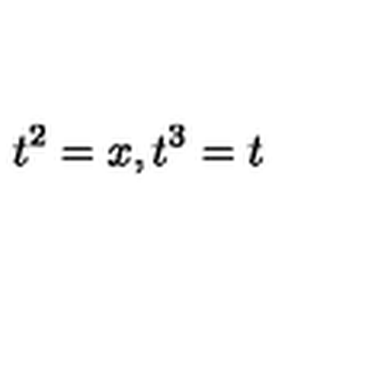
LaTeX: t ^ { 2 } = x , t ^ { 3 } = t